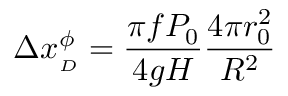
\Delta x _ { _ { D } } ^ { \phi } = \frac { \pi f P _ { 0 } } { 4 g H } \frac { 4 \pi r _ { 0 } ^ { 2 } } { R ^ { 2 } }